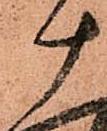
十